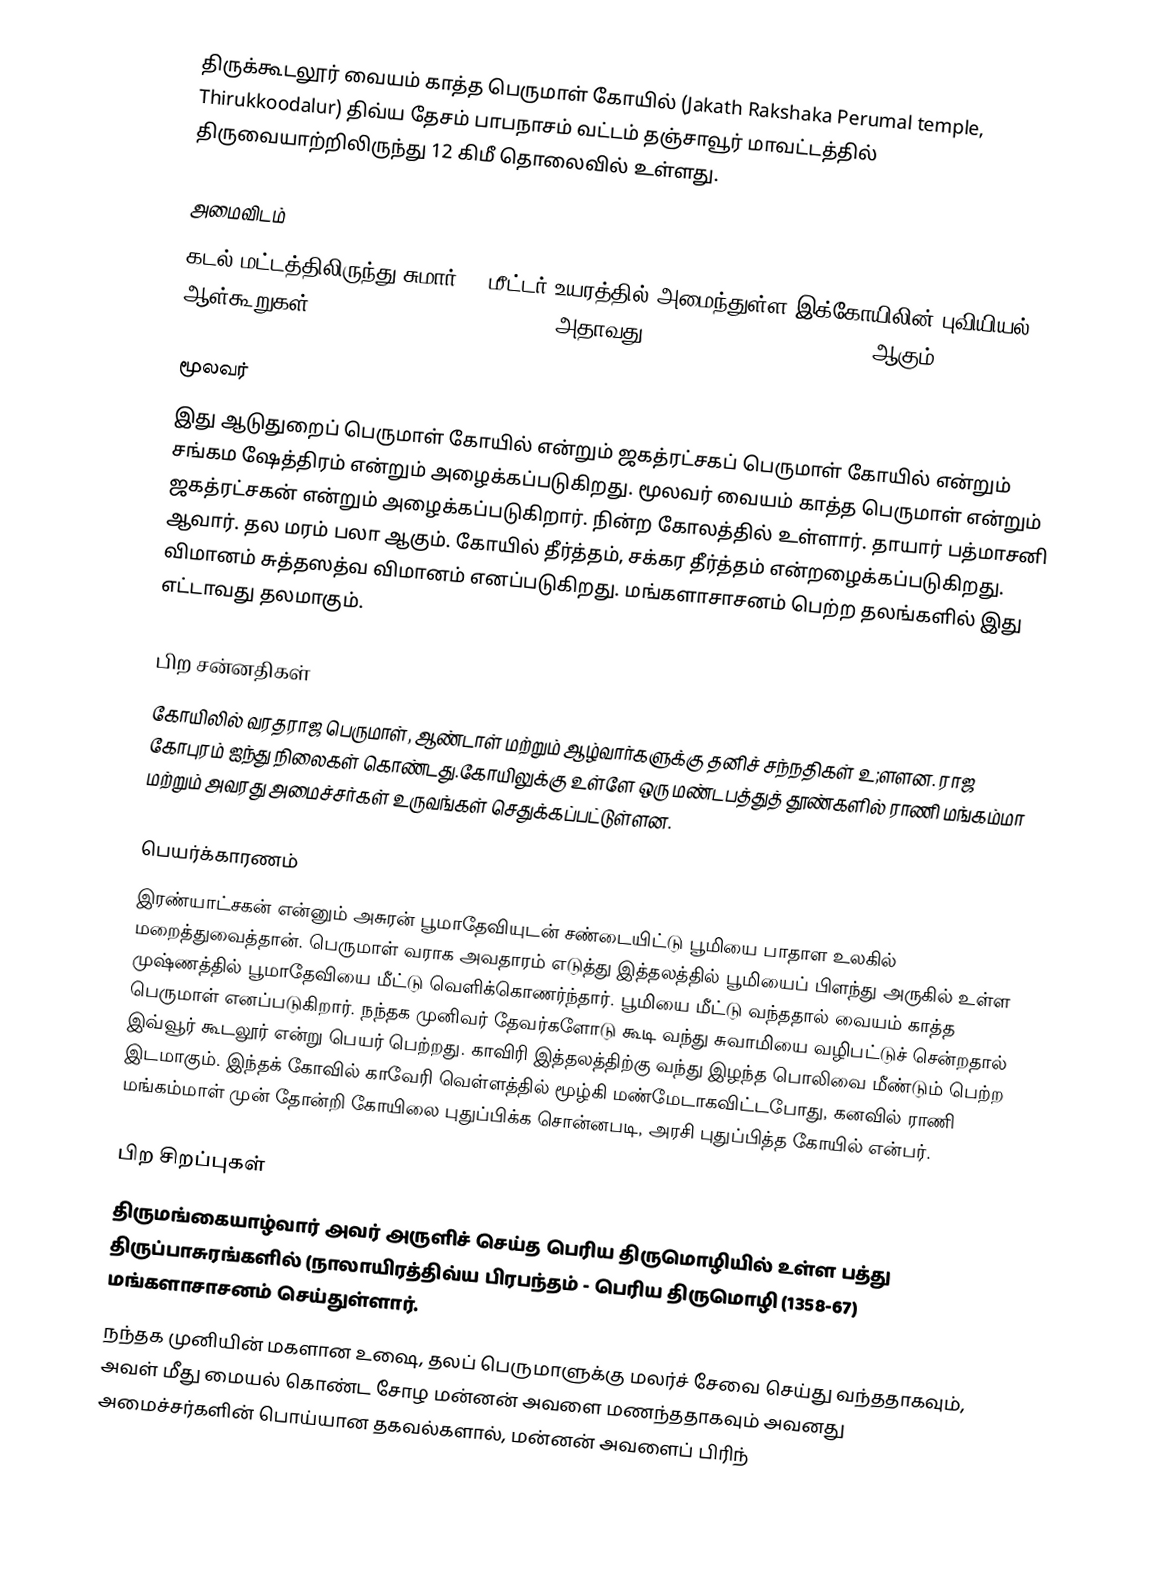
திருக்கூடலூர் வையம் காத்த பெருமாள் கோயில் (Jakath Rakshaka Perumal temple, Thirukkoodalur)  திவ்ய தேசம் பாபநாசம் வட்டம் தஞ்சாவூர் மாவட்டத்தில் திருவையாற்றிலிருந்து 12 கிமீ தொலைவில் உள்ளது.

அமைவிடம்
கடல் மட்டத்திலிருந்து சுமார் 62 மீட்டர் உயரத்தில் அமைந்துள்ள இக்கோயிலின் புவியியல் ஆள்கூறுகள்: 10°55'30.7"N, 79°12'12.4"E (அதாவது, 10.925200°N, 79.203452°E) ஆகும்.

மூலவர்
இது ஆடுதுறைப் பெருமாள் கோயில் என்றும் ஜகத்ரட்சகப் பெருமாள் கோயில் என்றும் சங்கம ஷேத்திரம் என்றும் அழைக்கப்படுகிறது. மூலவர் வையம் காத்த பெருமாள் என்றும் ஜகத்ரட்சகன் என்றும் அழைக்கப்படுகிறார். நின்ற கோலத்தில் உள்ளார். தாயார் பத்மாசனி ஆவார். தல மரம் பலா ஆகும். கோயில் தீர்த்தம், சக்கர தீர்த்தம் என்றழைக்கப்படுகிறது. விமானம் சுத்தஸத்வ விமானம் எனப்படுகிறது. மங்களாசாசனம் பெற்ற தலங்களில் இது எட்டாவது தலமாகும்.

பிற சன்னதிகள்
கோயிலில் வரதராஜ பெருமாள், ஆண்டாள் மற்றும் ஆழ்வார்களுக்கு தனிச் சந்நதிகள் உ;ளளன. ராஜ கோபுரம் ஐந்து நிலைகள் கொண்டது.கோயிலுக்கு உள்ளே ஒரு மண்டபத்துத் தூண்களில் ராணி மங்கம்மா மற்றும் அவரது அமைச்சர்கள் உருவங்கள் செதுக்கப்பட்டுள்ளன.

பெயர்க்காரணம்
இரண்யாட்சகன் என்னும் அசுரன் பூமாதேவியுடன் சண்டையிட்டு பூமியை பாதாள உலகில் மறைத்துவைத்தான். பெருமாள் வராக அவதாரம் எடுத்து இத்தலத்தில் பூமியைப் பிளந்து அருகில் உள்ள முஷ்ணத்தில் பூமாதேவியை மீட்டு வெளிக்கொணர்ந்தார். பூமியை மீட்டு வந்ததால் வையம் காத்த பெருமாள் எனப்படுகிறார். நந்தக முனிவர் தேவர்களோடு கூடி வந்து சுவாமியை வழிபட்டுச் சென்றதால் இவ்வூர் கூடலூர் என்று பெயர் பெற்றது.  காவிரி இத்தலத்திற்கு வந்து இழந்த பொலிவை மீண்டும் பெற்ற இடமாகும். இந்தக் கோவில் காவேரி வெள்ளத்தில் மூழ்கி மண்மேடாகவிட்டபோது, கனவில் ராணி மங்கம்மாள் முன் தோன்றி கோயிலை புதுப்பிக்க சொன்னபடி, அரசி புதுப்பித்த கோயில் என்பர்.

பிற சிறப்புகள்
திருமங்கையாழ்வார் அவர் அருளிச் செய்த பெரிய திருமொழியில் உள்ள பத்து திருப்பாசுரங்களில் (நாலாயிரத்திவ்ய பிரபந்தம் - பெரிய திருமொழி (1358-67) மங்களாசாசனம் செய்துள்ளார்.
நந்தக முனியின் மகளான உஷை, தலப் பெருமாளுக்கு மலர்ச் சேவை செய்து வந்ததாகவும், அவள் மீது மையல் கொண்ட சோழ மன்னன் அவளை மணந்ததாகவும் அவனது அமைச்சர்களின் பொய்யான தகவல்களால், மன்னன் அவளைப் பிரிந்